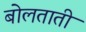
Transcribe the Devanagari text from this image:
बोलताती